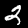
Label: 2